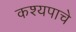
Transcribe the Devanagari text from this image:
कश्यपाचे